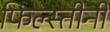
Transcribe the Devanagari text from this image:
फिल्स्तीनी